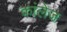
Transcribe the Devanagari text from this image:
कांलेज